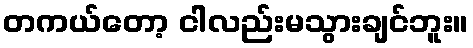
တကယ်တော့ ငါလည်းမသွားချင်ဘူး။